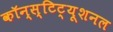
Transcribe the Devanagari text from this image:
कॉन्स्टिट्यूशनल